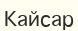
Кайсар